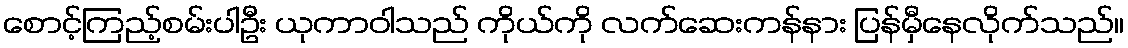
စောင့်ကြည့်စမ်းပါဦး ယုကာဝါသည် ကိုယ်ကို လက်ဆေးကန်နား ပြန်မှီနေလိုက်သည်။